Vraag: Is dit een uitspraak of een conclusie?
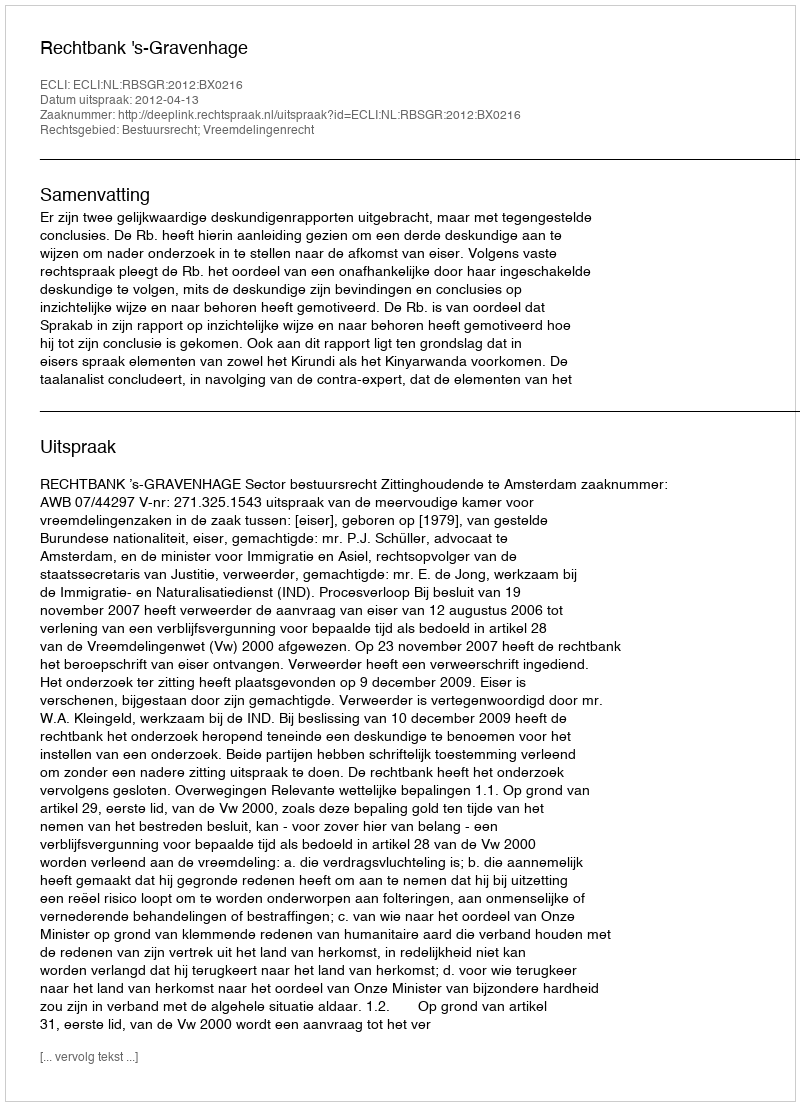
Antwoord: Uitspraak